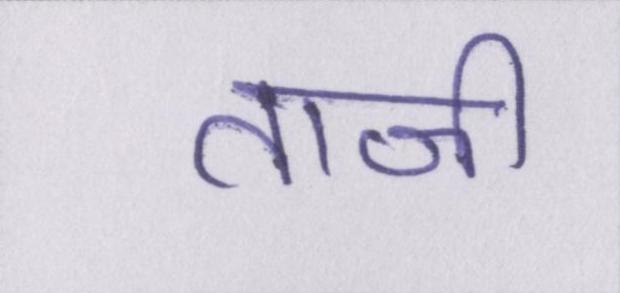
ताजी